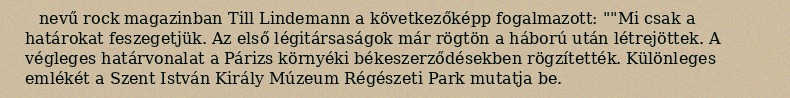
nevű rock magazinban Till Lindemann a következőképp fogalmazott: ""Mi csak a határokat feszegetjük. Az első légitársaságok már rögtön a háború után létrejöttek. A végleges határvonalat a Párizs környéki békeszerződésekben rögzítették. Különleges emlékét a Szent István Király Múzeum Régészeti Park mutatja be.